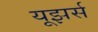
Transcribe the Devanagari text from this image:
यूझर्स